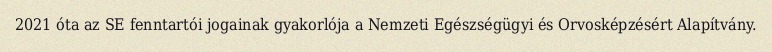
2021 óta az SE fenntartói jogainak gyakorlója a Nemzeti Egészségügyi és Orvosképzésért Alapítvány.